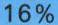
16%